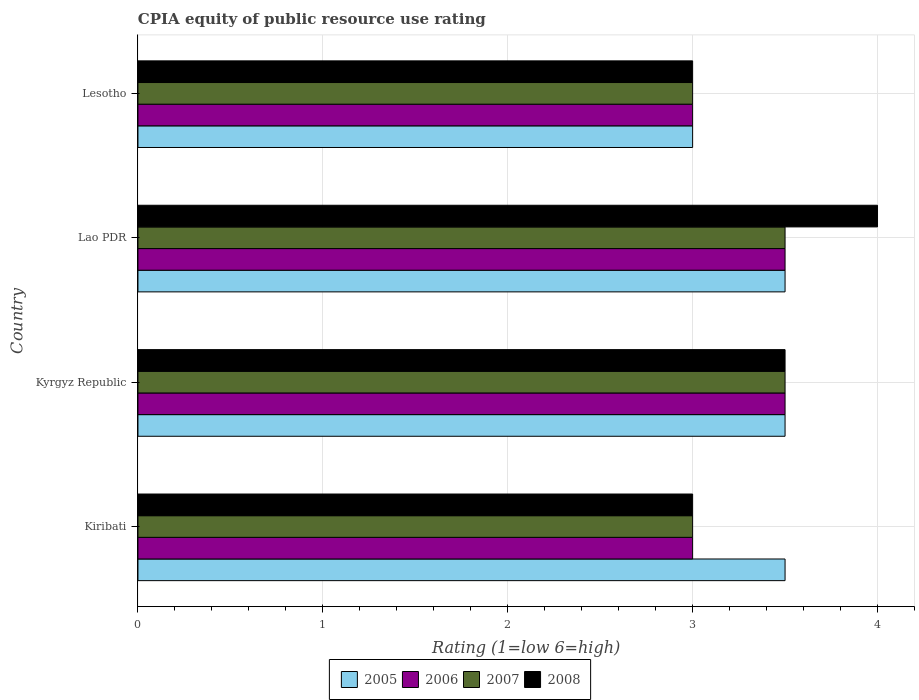
| Country | 2005 | 2006 | 2007 | 2008 |
 | --- | --- | --- | --- | --- |
 | Kiribati | 3.5 | 3 | 3 | 3 |
 | Kyrgyz Republic | 3.5 | 3.5 | 3.5 | 3.5 |
 | Lao PDR | 3.5 | 3.5 | 3.5 | 4 |
 | Lesotho | 3 | 3 | 3 | 3 |